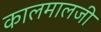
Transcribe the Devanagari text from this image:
कालमालजी